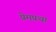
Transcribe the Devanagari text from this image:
प्रेमप्रथा